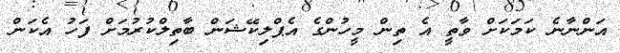
އަންނާނެ ކަމަކަށް ވާތީ އެ ތިން މީހުންގެ އެޕްލިކޭޝަން ބާތިލްކުރުމަށް ފަހު އެކަން